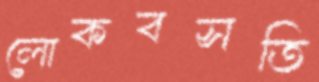
লোকবসতি